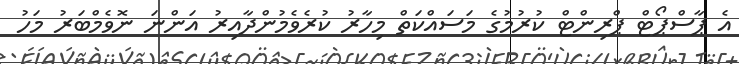
އެ ޕާސްޕޯޓް ޕްރިންޓް ކުރުމުގެ މަސައްކަތް މިހާރު ކުރެވެމުންދާއިރު އަންނަ ނޮވެމްބަރު މަހު